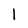
Character: l